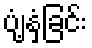
ပျံ့နှံ့ခြင်း